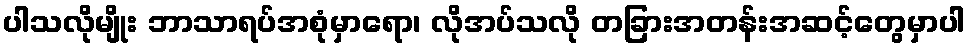
ပါသလိုမျိုး ဘာသာရပ်အစုံမှာရော၊ လိုအပ်သလို တခြားအတန်းအဆင့်တွေမှာပါ